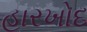
હારખોદ